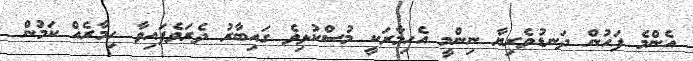
އެންމެ ފަހުން ދަނޑުވެރިޔާ ނިންމީ އެހިމާރަކީ މުސްކުޅިވެ ގައިބާރު ދެރަވެފައިވާ ހިމާރެއް ކަމުން